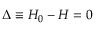
\Delta \equiv H _ { 0 } - H = 0